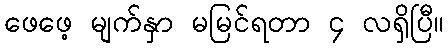
ဖေဖေ့ မျက်နှာ မမြင်ရတာ ၄ လရှိပြီ။